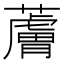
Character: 𧀴